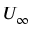
U _ { \infty }